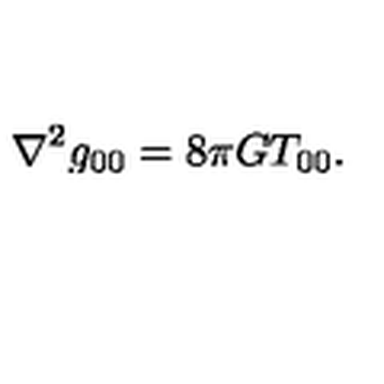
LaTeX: \nabla ^ { 2 } g _ { 0 0 } = 8 \pi G T _ { 0 0 } .